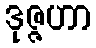
ဒုဇ္ဇဟာ